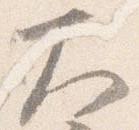
大